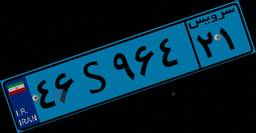
۴۶S۴۳۹۹۱